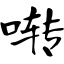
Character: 啭